Indian journal of veterinary science and animal husbandry - Volume 11,
Year: 1941
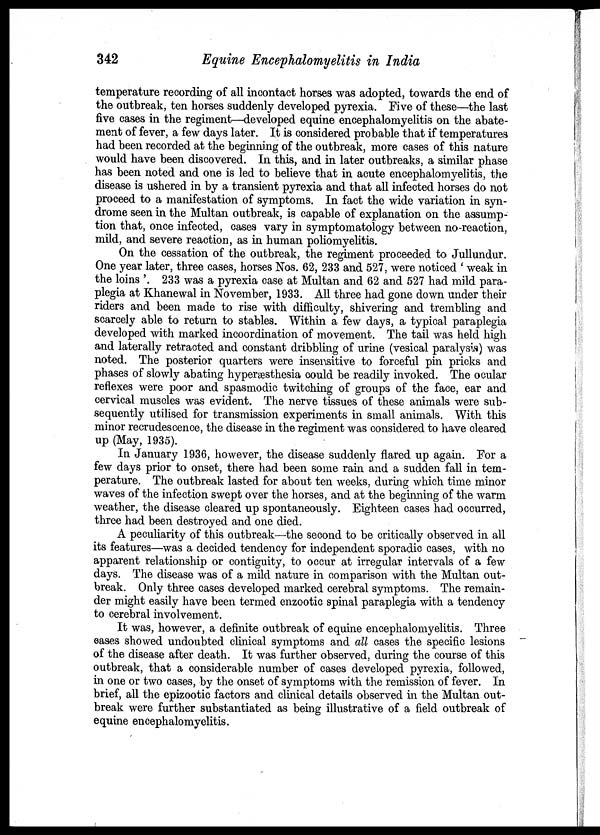
342
Equine Encephalomyelitis in India
temperature recording of all incontact horses was adopted, towards the end of
the outbreak, ten horses suddenly developed pyrexia. Five of these—the last
five cases in the regiment—developed equine encephalomyelitis on the abate-
ment of fever, a few days later. It is considered probable that if temperatures
had been recorded at the beginning of the outbreak, more cases of this nature
would have been discovered. In this, and in later outbreaks, a similar phase
has been noted and one is led to believe that in acute encephalomyelitis, the
disease is ushered in by a transient pyrexia and that all infected horses do not
proceed to a manifestation of symptoms. In fact the wide variation in syn-
drome seen in the Multan outbreak, is capable of explanation on the assump-
tion that, once infected, cases vary in symptomatology between no-reaction,
mild, and severe reaction, as in human poliomyelitis.
On the cessation of the outbreak, the regiment proceeded to Jullundur.
One year later, three cases, horses Nos. 62, 233 and 527, were noticed ' weak in
the loins '. 233 was a pyrexia case at Multan and 62 and 527 had mild para-
plegia at Khanewal in November, 1933. All three had gone down under their
riders and been made to rise with difficulty, shivering and trembling and
scarcely able to return to stables. Within a few days, a typical paraplegia
developed with marked incoordination of movement. The tail was held high
and laterally retracted and constant dribbling of urine (vesical paralysis) was
noted. The posterior quarters were insensitive to forceful pin pricks and
phases of slowly abating hyperæsthesia could be readily invoked. The ocular
reflexes were poor and spasmodic twitching of groups of the face, ear and
cervical muscles was evident. The nerve tissues of these animals were sub-
sequently utilised for transmission experiments in small animals. With this
minor recrudescence, the disease in the regiment was considered to have cleared
up (May, 1935).
In January 1936, however, the disease suddenly flared up again. For a
few days prior to onset, there had been some rain and a sudden fall in tem-
perature. The outbreak lasted for about ten weeks, during which time minor
waves of the infection swept over the horses, and at the beginning of the warm
weather, the disease cleared up spontaneously. Eighteen cases had occurred,
three had been destroyed and one died.
A peculiarity of this outbreak—the second to be critically observed in all
its features—was a decided tendency for independent sporadic cases, with no
apparent relationship or contiguity, to occur at irregular intervals of a few
days. The disease was of a mild nature in comparison with the Multan out-
break. Only three cases developed marked cerebral symptoms. The remain-
der might easily have been termed enzootic spinal paraplegia with a tendency
to cerebral involvement.
It was, however, a definite outbreak of equine encephalomyelitis. Three
cases showed undoubted clinical symptoms and all cases the specific lesions
of the disease after death. It was further observed, during the course of this
outbreak, that a considerable number of cases developed pyrexia, followed,
in one or two cases, by the onset of symptoms with the remission of fever. In
brief, all the epizootic factors and clinical details observed in the Multan out-
break were further substantiated as being illustrative of a field outbreak of
equine encephalomyelitis.